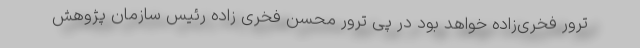
ترور فخری‌زاده خواهد بود در پی ترور محسن فخری زاده رئیس سازمان پژوهش